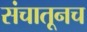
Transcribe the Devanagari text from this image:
संचातूनच